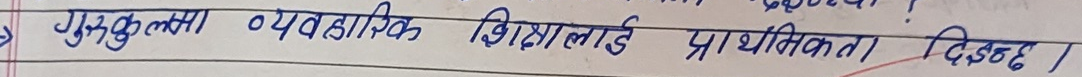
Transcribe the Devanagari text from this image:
गुकुलमा व्यवहारिक शिक्षालाई प्राथमिकता दिइन्छ।